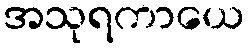
အသုရကာယေ